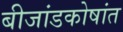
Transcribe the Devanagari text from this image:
बीजांडकोषांत